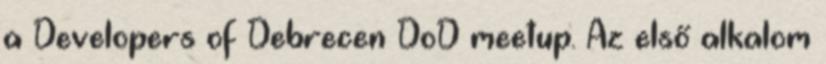
a Developers of Debrecen DoD meetup. Az első alkalom